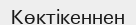
Көктікеннен